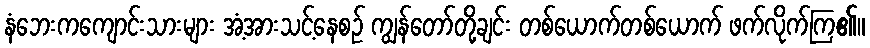
နံဘေးကကျောင်းသားများ အံ့အားသင့်နေစဉ် ကျွန်တော်တို့ချင်း တစ်ယောက်တစ်ယောက် ဖက်လိုက်ကြ၏။